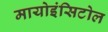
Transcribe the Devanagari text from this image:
मायोइंसिटोल